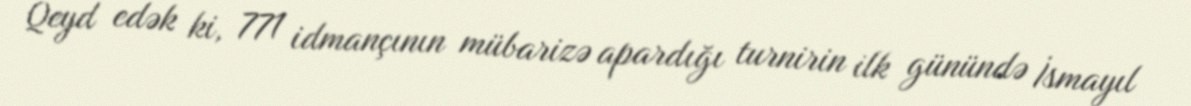
Qeyd edək ki, 771 idmançının mübarizə apardığı turnirin ilk günündə İsmayıl